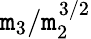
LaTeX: \mathtt{m}_{3}/\mathtt{m}_{2}^{3/2}